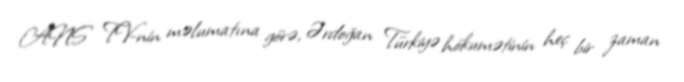
ANS TV-nin məlumatına görə, Ərdoğan Türkiyə hökumətinin heç bir zaman